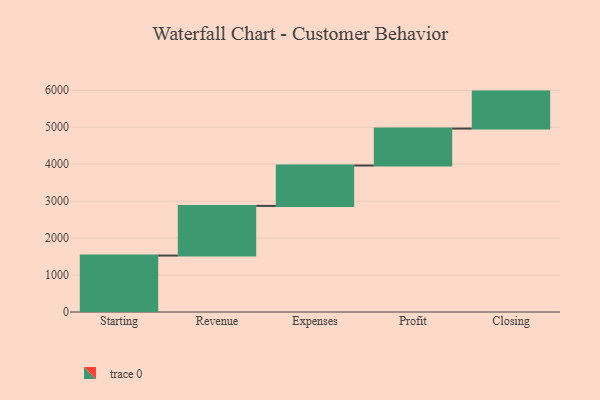
{"axis": {"x": "Step", "y": "Value"}, "legend": [""], "data": [{"x": "Starting", "y": 1527.0, "type": ""}, {"x": "Revenue", "y": 1344.0, "type": ""}, {"x": "Expenses", "y": 1092.0, "type": ""}, {"x": "Profit", "y": 1000, "type": ""}, {"x": "Closing", "y": 1000, "type": ""}]}